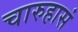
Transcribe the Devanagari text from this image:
चारुहासं